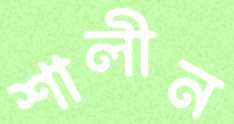
শালীন